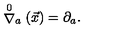
\stackrel { 0 } { \nabla } _ { a } ( \vec { x } ) = \partial _ { a } .